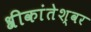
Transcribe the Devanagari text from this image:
श्रीकांतेश्वर